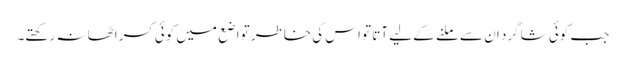
جب کوئی شاگرد ان سے ملنے کے لیے آتا تو اس کی خاطر تواضع میں کوئی کسر اٹھا نہ رکھتے۔